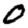
Digit: 0